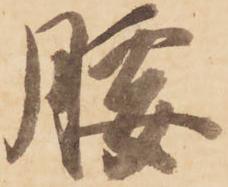
腰